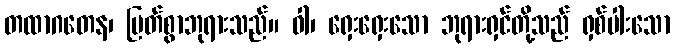
တထာဂတေန၊ မြတ်စွာဘုရားသည်။ ဝါ၊ ရှေးရှေးသော ဘုရားရှင်တို့သည် ရှစ်ပါးသော